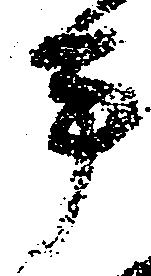
平